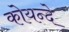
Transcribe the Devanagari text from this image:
कोयन्दे